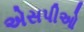
એસપીઓ